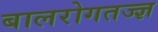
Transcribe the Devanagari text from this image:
बालरोगतज्‍ज्ञ